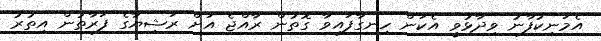
އެމަނިކުފާނު ވިދާޅުވީ އެކަން ހިނގާފައިވާ ގޮތުން ރާއްޖެ އަށް ރަޝިޔާގެ ފަރާތުން އިތުރު